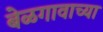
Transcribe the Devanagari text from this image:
बेळगावाच्या